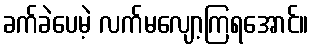
ခက်ခဲပေမဲ့ လက်မလျော့ကြရအောင်။